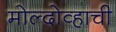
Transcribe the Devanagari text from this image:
मोल्दोव्हाची